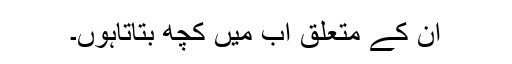
ان کے متعلق اب مَیں کچھ بتاتاہوں۔